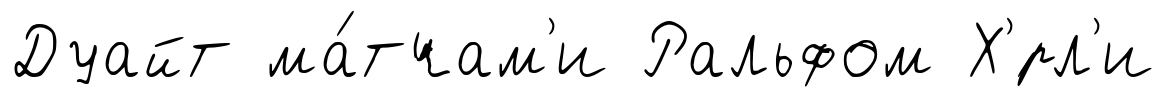
Дуайт ма́тчам'и Ральфом Х'́рл'и